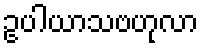
ဥပါယာသဗဟုလာ